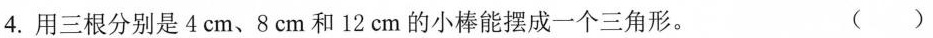
4.用三根分别是4cm、8cm和12cm的小棒能摆成一个三角形。 （）